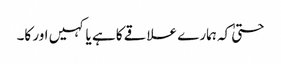
حتیٰ کہ ہمارے علاقے کا ہے یا کہیں اور کا۔